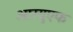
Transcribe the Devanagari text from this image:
आरयुएफ